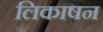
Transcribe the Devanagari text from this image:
लिकाषन